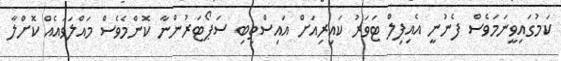
ކަމުގައިވީނަމަވެސް ފެނުނީ އެއިފިލް ޓަވަރު ކައިރިއަށް އައިސްތިބި ސަޕޯޓަރުންނާ ކޮންމެވެސް މައްލަވައެއް ކޮށްލާ